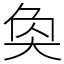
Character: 奐